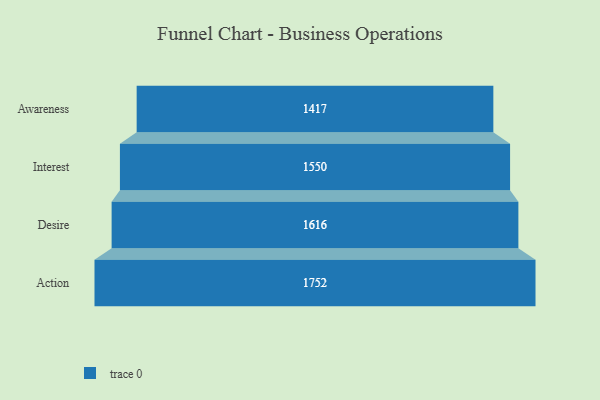
{"axis": {"x": "Stage", "y": "Value"}, "legend": [""], "data": [{"x": "Awareness", "y": 1417.0, "type": ""}, {"x": "Interest", "y": 1550.0, "type": ""}, {"x": "Desire", "y": 1616.0, "type": ""}, {"x": "Action", "y": 1752.0, "type": ""}]}